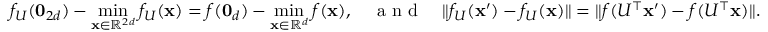
f _ { U } ( \mathbf { 0 } _ { 2 d } ) - \operatorname* { m i n } _ { \mathbf x \in \mathbb { R } ^ { 2 d } } f _ { U } ( \mathbf x ) = f ( \mathbf { 0 } _ { d } ) - \operatorname* { m i n } _ { \mathbf x \in \mathbb { R } ^ { d } } f ( \mathbf x ) , \quad \textnormal { a n d } \quad \| f _ { U } ( \mathbf x ^ { \prime } ) - f _ { U } ( \mathbf x ) \| = \| f ( U ^ { \top } \mathbf x ^ { \prime } ) - f ( U ^ { \top } \mathbf x ) \| .